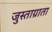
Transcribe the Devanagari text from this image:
जुस्ताग्राता